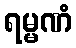
ရမ္မဏံ